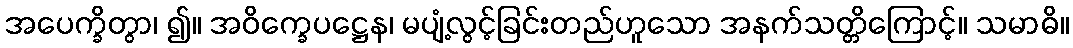
အပေက္ခိတွာ၊ ၍။ အဝိက္ခေပဋ္ဌေန၊ မပျံ့လွင့်ခြင်းတည်ဟူသော အနက်သတ္တိကြောင့်။ သမာဓိ။